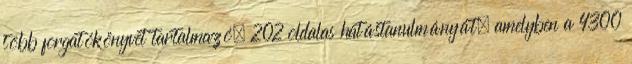
több forgatókönyvet tartalmazó, 202 oldalas hatástanulmányát, amelyben a 4300